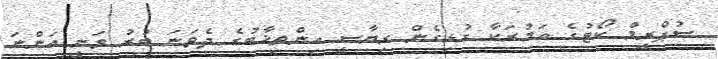
ސުޕްރީމް ކޯޓުގެ އަމުރަކާ ގުޅިގެން ރިޔާސީ އިންތިޚާބުގެ ދެވަނަ ބުރު ވަނީ އަންނަ